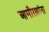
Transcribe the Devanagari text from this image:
आमीरखांना